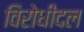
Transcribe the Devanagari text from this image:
विरोधीदल